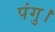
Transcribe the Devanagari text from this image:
पंगु।